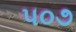
૫૦૭